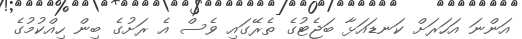
އަންނަ އަހަރަށް ކަނޑައަޅާ ބަޖެޓުގެ ތެރޭގައި ވެސް އެ ރަށުގެ ބިން ހިއްކުމުގެ